Report on certain features of malaria in the island of Salsette
Disease focus: Malaria
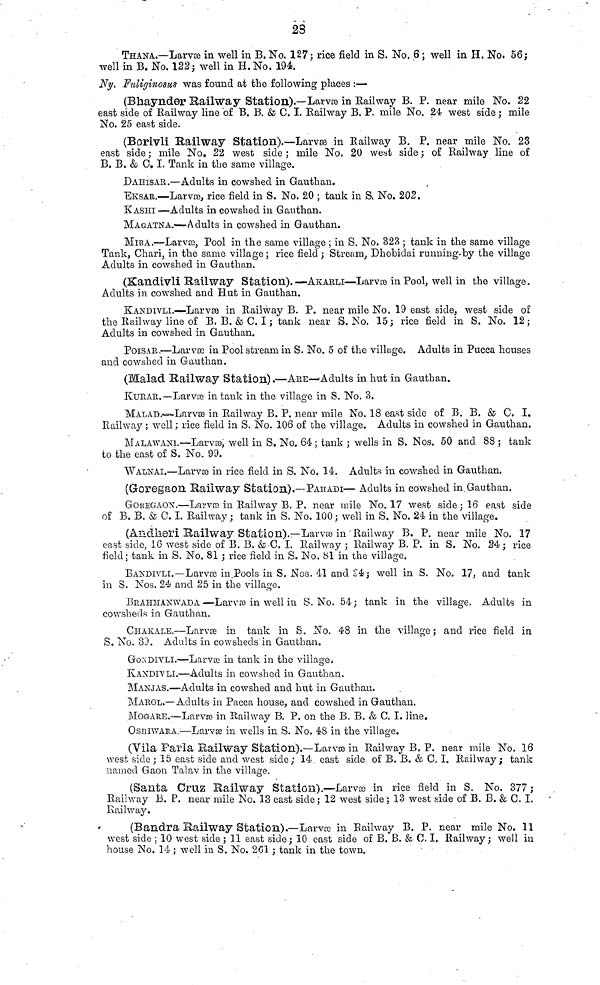
23
THANA.—-Larvae in well in. B. No. 127; rice field in S. No. 6 ; well in H. No. 56;
well in B. No. 122; well in H. No. 194.
Ny. Fuliginosus was found at the following places :—
(Bhaynder Kailway Station).—Larvae in Railway B. P. near mile No. 22
east side of Railway line 'of B. B. & C. I. Railway B. P. mile No. 24 west side ; mile
No. 25 east side.
(Borivli Railway Station).—Larvas in Railway B. P. near mile No. 23
east side ; mile No. 22 west side ; mile No. 20 west side ; of Railway line of
B, B. & C. I. Tank in the same village.
DAHISAK.—Adults in cowshed in Gauthan.
EKSAB.—Larvœ, rice field in S. No, 20 ; tank in S. No. 202.
KASHI —Adults in cowshed in Gauthan.
MAGATNA.—Adults in cowshed in Gauthan.
MIKA,—Larvas, Pool in the same village ; in S. No. 328 ; tank in the same village
Tank, Chari, in the same village ; rice field ; Stream, Dhobidai running.by the village
Adults in cowshed in Gauthan.
(Kandivli Bail way Station).—AKAKLI—Larvae in Pool; well in the village.
Adults in cowshed and Hut in Gauthan.
KANDIVLL—Larvse in Railway B. P. near mile No. 19 east side, west side of
the Railway line of B. B. & C. I ; tank near S. No. 15; rice field in S. No. 12;
Adults in cowshed in Gauthan.
POISAR.—Larvae in Pool stream in S. No. 5 of the village. Adults in Pucca houses
and cowshed in Gauthan.
(Malad Railway Station).—ABE—Adults in hut in Gauthan.
KURAB.—Larvée in tank in the village in S. No. 3.
MALAD.—Larvée in Railway B. P. near mile No. 18 east side of B. B. & C. I.
Railway ; well; rice field in S. Ño. 106 of the village. Adults in cowshed in Gauthan.
MALAWANI.—Larvas, well in S. No. 64- ; tank ; wells in S. Nos. 50 and 88 ; tank
to the cast of S, No. 99.
WALNAI.—LarvsB in rice field in S. No, 14. Adults in cowshed in Gauthan.
(Goregaon Kailway Station).—PAHADI— Adults in cowshed in Gauthan.
GOKEGAOX.—Larvso in Railway B. P. near mile No. 17 west side; 16 east side
of B. B. & C. I. Railway ; tank in S. No. 100 ; well in S. No. 24 in the village.
(Andheri Railway Station).—Larvœ in'Railway B. P. near mile No. 17
east side, 16 west side of B. B. & C. I. Railway ; Railway B. P. in S. No. 24; rice
field; tank in S. No. 81 ; rice field in S. No. 8l in the village.
BANDIVLI.—Larvce in.Pools in S. Nos. 41 and 24; well in S. No. 17; and tank
in S. Nos. 24 and 25 in the village.
BRAHMANWADA—-Lar ae in well in S. No. 54; tank in the village. Adults in
cowsheds in Gauthan.
CIÎAKALE.—Larvœ in tank in 8. No. 48 in the village ; and rice field in
S. No. 30. Adults in cowsheds in Gauthan,
GOXDIVLI.—Larvce in tank in the village,
KANDIVLI.—Adults in cowshed in Gauthan.
MANJAS.—Adults in cowshed and hut in Gauthan.
MAROL,—Adults in Pacca house, and cowshed in Gauthan.
MOGAHE.—Larvse in Railway B. P. on the B. B, & C. I. line.
OSBIWAEA.—Larvse in wells in S. No. 48 in the village.
(Vila Paria Railway Station).—Larvée in Railway B. P. near mile No. 16
west side; 15 east side and west side; 14 east side of B. B. & C. I. Railway; tank
named Gaon Talav in the village.
(Santa Cruz Railway Station).—Larva in rice field in S. No. 377 ;
Railway B. P. near mile No. 13 east side ; 12 west side ; 13 west side of B. B. & C. I.
Rpjlway.
(Sandra Railway Station).—Larvœ in Railway B. P. near mile No. 11
west side ; 10 west side ; 11 east side; 10 east side of B. B. & C. I. Railway; well in
house No. 14 ; well in S. No. 201 ; tank in the town.